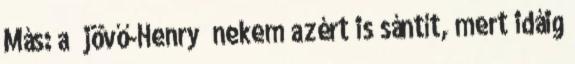
Más: a “jövő-Henry” nekem azért is sántít, mert idáig